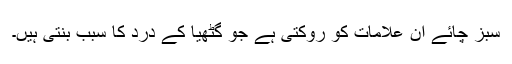
سبز چائے ان علامات کو روکتی ہے جو گٹھیا کے درد کا سبب بنتی ہیں۔